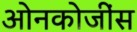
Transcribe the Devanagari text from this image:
ओनकोजींस